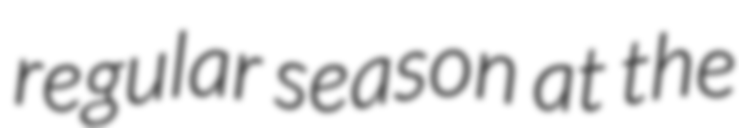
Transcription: regular season at the